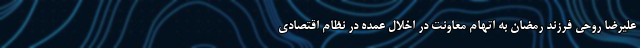
علیرضا روحی فرزند رمضان به اتهام معاونت در اخلال عمده در نظام اقتصادی